Civil Veterinary Department Bengal reports 1933-51 - 1933-1951
Year: 1933
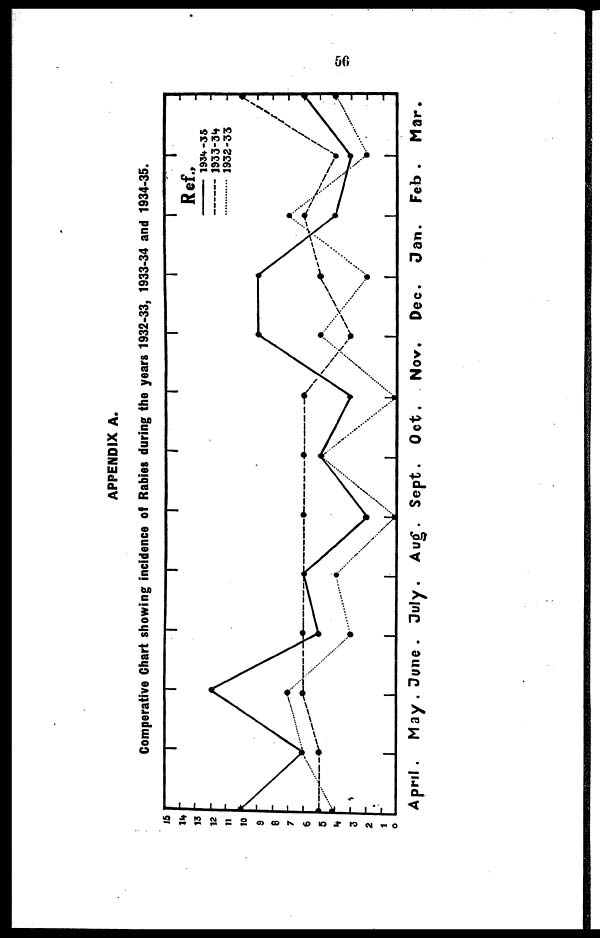
56
APPENDIX A.
Comperative Chart showing incidence of Rabies during the years 1932-33, 1933-34 and 1934-35.